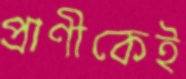
প্রাণীকেই